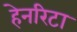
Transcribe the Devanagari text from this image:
हेनरिटा